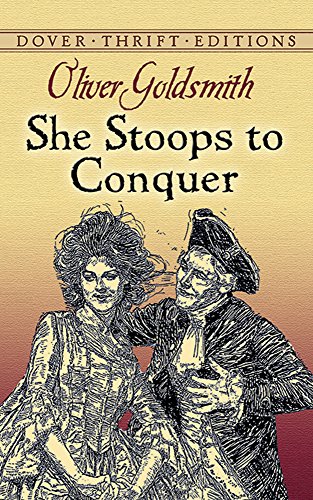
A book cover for She Stoops to Conquer (Dover Thrift Editions); Oliver Goldsmith; Literature & Fiction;